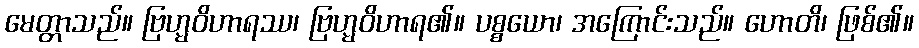
မေတ္တာသည်။ ဗြဟ္မဝိဟာရဿ၊ ဗြဟ္မဝိဟာရ၏။ ပစ္စယော၊ အကြောင်းသည်။ ဟောတိ၊ ဖြစ်၏။